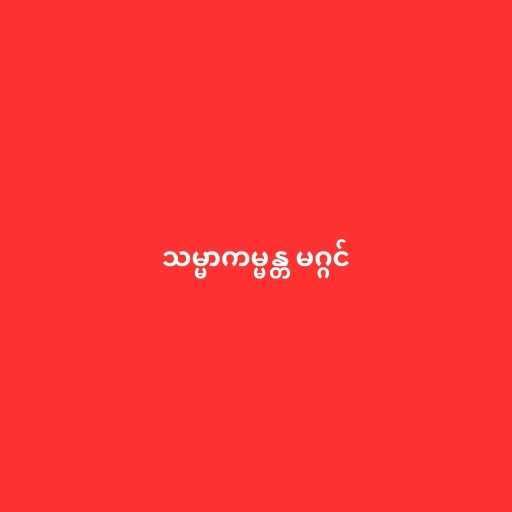
သမ္မာကမ္မန္တ မဂ္ဂင်